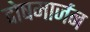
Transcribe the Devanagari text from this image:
दोषमार्जन